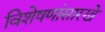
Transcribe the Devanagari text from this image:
विशेषणांसारखे